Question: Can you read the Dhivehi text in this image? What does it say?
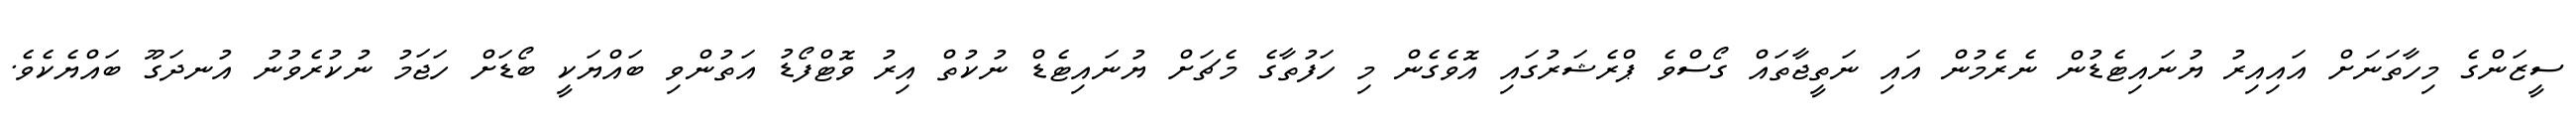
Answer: ސީޒަންގެ މިހާތަނަށް އައިއިރު ޔުނައިޓެޑުން ނެރެމުން އައި ނަތީޖާތައް ގޯސްވެ ޕްރެޝަރުގައި އޮވެގެން މި ހަފުތާގެ މެޗަށް ޔުނައިޓެޑް ނުކުތް އިރު ވޮޓްފޯޑު އަތުންވި ބައްޔަކީ ބޯޑަށް ހަޖަމު ނުކުރެވުނު އުނދަގޫ ބައްޔެކެވެ.